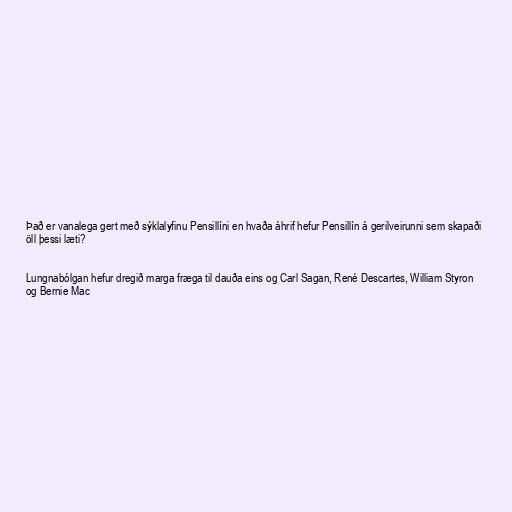
Það er vanalega gert með sýklalyfinu Pensillíni en hvaða áhrif hefur Pensillín á gerilveirunni sem skapaði
öll þessi læti?

Lungnabólgan hefur dregið marga fræga til dauða eins og Carl Sagan, René Descartes, William Styron
og Bernie Mac